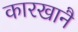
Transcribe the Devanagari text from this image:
कारखानै